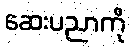
ဆေးပညာကို